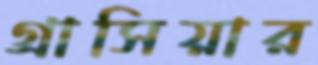
গ্রাসিয়ার